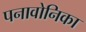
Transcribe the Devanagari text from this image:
पनावोनिका